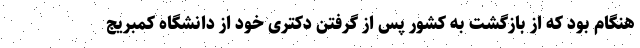
هنگام بود که از بازگشت به کشور پس از گرفتن دکتری خود از دانشگاه کمبریج